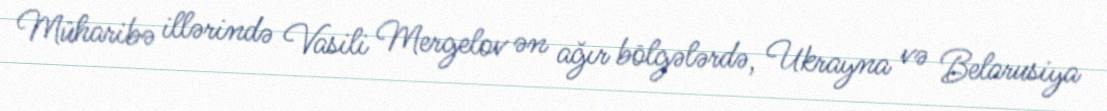
Müharibə illərində Vasili Mergelov ən ağır bölgələrdə, Ukrayna və Belarusiya